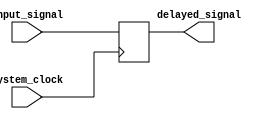
module timing_control_and_sync_block(
    input wire input_signal,
    input wire system_clock,
    output reg delayed_signal
);

reg [7:0] delay_length = 8'h10; // Set default delay length to 16 time units

always @(posedge system_clock) begin
    // Insert logic here to control the delay length and synchronization of the delayed signal
    // This may include using flip-flops or buffers to achieve the desired delay time
    
    // Synchronize input signal with system clock
    delayed_signal <= input_signal;
    
    // Apply delay based on delay_length parameter
    // Additional logic can be implemented here for more complex delay requirements
    #delay_length delayed_signal <= input_signal;
end

endmodule